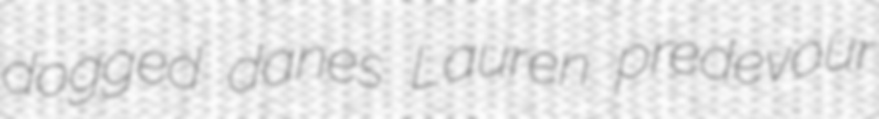
dogged danes Lauren predevour